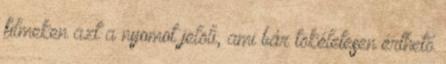
filmeken azt a nyomot jelöli, ami bár tökéletesen érthető